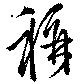
称